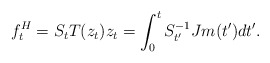
\begin{align*}f_{t}^{H}=S_{t}T(z_{t})z_{t}=\int_{0}^{t}S_{t^{\prime}}^{-1}Jm(t^{\prime})dt^{\prime}. \end{align*}